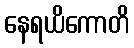
နေရယိကောတိ